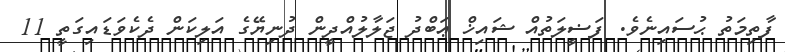
ފާތިމަތު ޙުސައިނެވެ. ފަޟީލަތުއް ޝައިޚް ޢަބްދު ޖަލާލުއްދީން ދުނިޔޭގެ އަލިކަން ދެކެވަޑައިގަތީ 11